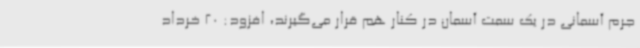
جرم آسمانی در یک سمت آسمان در کنار هم قرار می‌گیرند، افزود: 20 خرداد